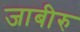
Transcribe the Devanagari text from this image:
जाबीरु